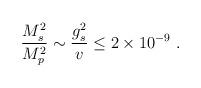
LaTeX: \begin{align*}{M_s^2\over M_p^2} \sim {g_s^2\over v} \leq 2\times 10^{-9} \ .\end{align*}